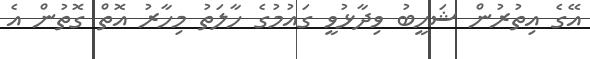
އޭގެ އިތުރުން ޝަހީބު ވިދާޅުވީ ގައުމުގެ ހާލަތު މިހާރު އޮތް ގޮތުން އެ